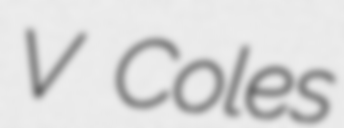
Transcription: V Coles